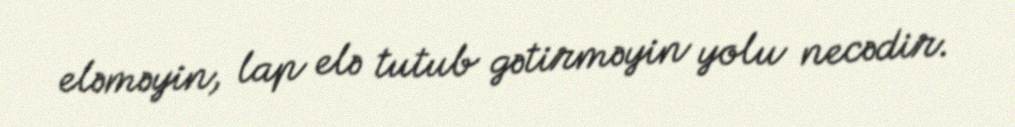
eləməyin, lap elə tutub gətirməyin yolu necədir.